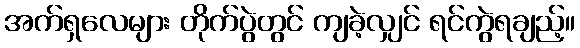
အက်ရှလေများ တိုက်ပွဲတွင် ကျခဲ့လျှင် ရင်ကွဲရချည့်။